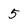
Character: 5